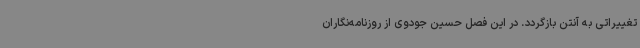
تغییراتی به آنتن بازگردد. در این فصل حسین جودوی از روزنامه‌نگاران